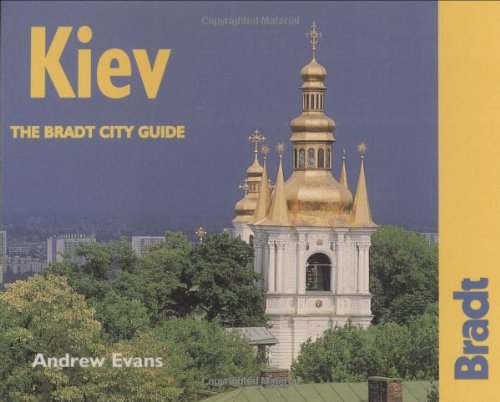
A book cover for Kiev: The Bradt City Guide (Bradt Mini Guide); Andrew Evans; Travel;